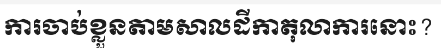
ការចាប់ខ្លួនតាមសាលដីកាតុលាការនោះ?